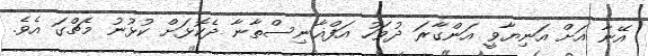
އޭނާ އަށް އަނިޔާވީ އަންގާރަ ދުވަހު އަފްޣާނިސްތާނާ ދެކޮޅަށް ކުޅުނު މެޗްގަ އެވެ.